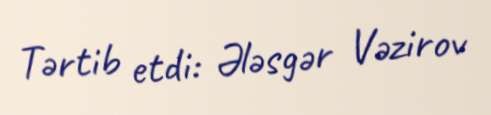
Tərtib etdi: Ələsgər Vəzirov